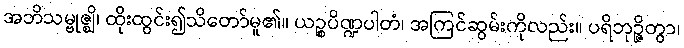
အဘိသမ္ဗုဇ္ဈိ၊ ထိုးထွင်း၍သိတော်မူ၏။ ယဉ္စပိဏ္ဍပါတံ၊ အကြင်ဆွမ်းကိုလည်း။ ပရိဘုဉ္ဇိတွာ၊